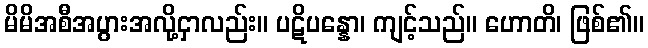
မိမိအစီအပွားအလို့ငှာလည်း။ ပဋိပန္နော၊ ကျင့်သည်။ ဟောတိ၊ ဖြစ်၏။